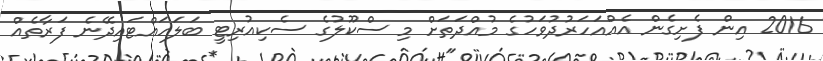
2016 އިން ފެށިގެން އެއްއަހަރުދުވަހުގެ މުއްދަތަށް މި ސްކޫލުގެ ސެކިއުރިޓީ ބަލަހައްޓައިދޭނެ ފަރާތެއް